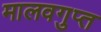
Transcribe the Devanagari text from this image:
मालवगुप्त